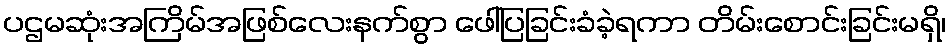
ပဌမဆုံးအကြိမ်အဖြစ်လေးနက်စွာ ဖေါ်ပြခြင်းခံခဲ့ရကာ တိမ်းစောင်းခြင်းမရှိ၊